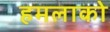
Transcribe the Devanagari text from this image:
हमलाको